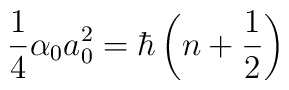
\frac{1}{4} \alpha_{0} a_{0}^{2} = \hbar \left( n +\frac{1}{2} \right)